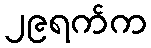
၂၉ရက်က